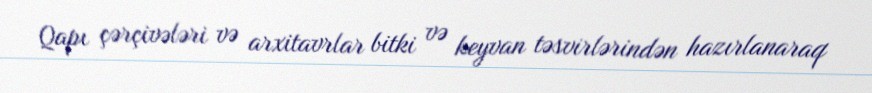
Qapı çərçivələri və arxitavrlar bitki və keyvan təsvirlərindən hazırlanaraq